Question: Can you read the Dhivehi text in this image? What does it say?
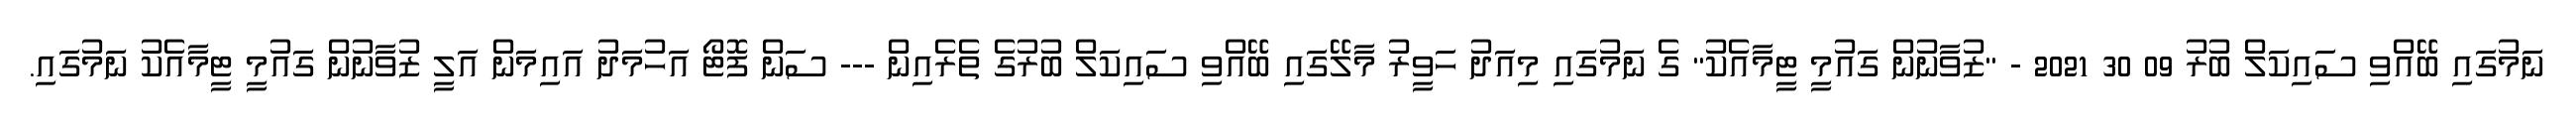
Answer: ނަމުގައި ބޭއްވި ސައިކަލް ބުރު 09 30 2021 - "ޒުވާނުން ގައުމީ ޓީމާއެކު" ގެ ނަމުގައި މިއަދު ހަވީރު މާލޭގައި ބޭއްވި ސައިކަލް ބުރުގެ ތެރެއިން --- ސަން ފޮޓޯ އަހުމަދު އައިމަން އަލީ ޒުވާނުން ގައުމީ ޓީމާއެކު ނަމުގައި.